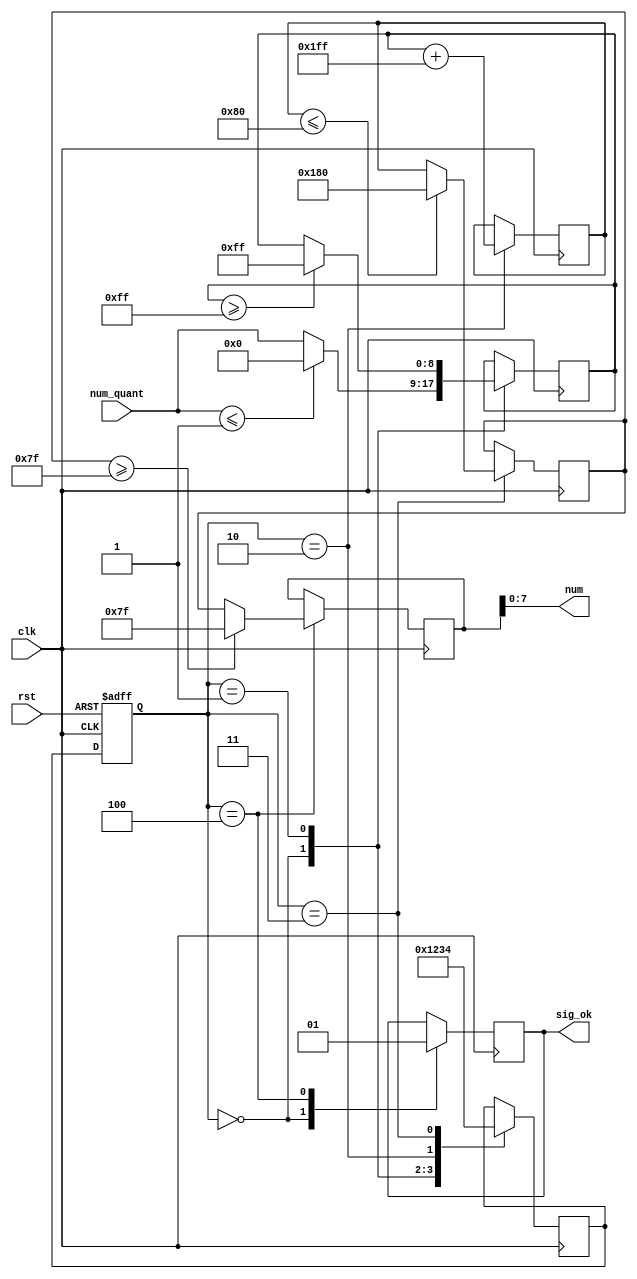
`timescale 1ns / 1ps
//////////////////////////////////////////////////////////////////////////////////
// Company: 
// Engineer: 
// 
// Design Name: 
// Module Name: ReLu
// Project Name: 
// Target Devices: 
// Tool Versions: 
// Description: 
// 
// Dependencies: 
// 
// Revision:
// Revision 0.01 - File Created
// Additional Comments:
// 
//////////////////////////////////////////////////////////////////////////////////


module ReLu
#(
//Convolution
parameter addressWidthConv=10, dataWidthConv=16,

parameter n_c = 5'd28,  //number of column matrix image 
parameter n_r = 5'd28,  //number of rows matrix image 
parameter col_fil = 5'd3, //number of columns of filter
parameter row_fil = 5'd3, //number of rows of filter
                       
parameter s0 = 4'b0000, s1 = 4'b0001, s2 = 4'b0010, s3 = 4'b0011, s4 = 4'b0100,
parameter s5 = 4'b0101, s6 = 4'b0110, s7 = 4'b0111, s8 = 4'b1000, s9 = 4'b1001,
parameter s10 = 4'b1010, s11 = 4'b1011, s12 = 4'b1100, s13 = 4'b1101, s14 = 4'b1110,
           

parameter pwd = "/home/javier/Documents/fpga_implementations_of_neural_networks/CNN/02_hardware/01_test_vivado/04_convolution/04_convolution.srcs/sources_1/new/rstl_conv2.txt",


//counter for memory of result of convolution
parameter counterWidth= 10,


//memory filter
parameter numWeightFilter = 10, addressWidthFilter=4, dataWidthFilter=16,
parameter weightFileFilter="/home/javier/Documents/fpga_implementations_of_neural_networks/CNN/02_hardware/01_test_vivado/project_7/project_7.srcs/sources_1/new/filter1.txt",
   
//memory image
parameter numWeightImg = 784, 
parameter addressWidthImg=10, dataWidthImg= 16,
parameter weightFileImg="/home/javier/Documents/fpga_implementations_of_neural_networks/CNN/02_hardware/01_test_vivado/project_7/project_7.srcs/sources_1/new/image.mem",
      
//quantization
parameter q = 64'd2014687024, //q = 31'b1111000000101011010111100110000
parameter mask = 8'd255,
parameter zero = 1'd0,
parameter one = 1'd1,
parameter offset_ent = 6,
parameter offset_sor = -1,
	
	
//memory_rstl_conv
parameter numWeightRstlConv = 676,
parameter addressWidthRstlConv=10, 
parameter dataWidthRstlConv=8

)
(
    input clk, rst, 
    input [8:0] num_quant, 
    output [7:0] num, 
    output sig_ok
);

    reg [8:0] aux_num;
    reg [8:0] aux_num2;
    reg [8:0] aux_num3;
    reg [8:0] aux_num4;
    reg       aux_ok;
    reg [3:0] present_state, next_state;   

    always @(posedge clk or posedge rst) //Present estate // always @(clk) //Present estate 
    begin
        if(rst)
        begin
            present_state <= s0;
    
        end
        else
        begin
            present_state <= next_state;
        end    
    end    

    always @(posedge clk) //always @(*)
    begin
        case(present_state)
            s0:
                next_state <= s1;                
            s1:
                next_state <= s2;
            s2:
                next_state <= s3;
            s3:
                next_state <= s4;                                
                                
        endcase                
    end


    always @ (posedge clk) begin //always @ (*) begin
      case (present_state)
        s0: begin
                if($signed(num_quant) <= $signed(-8'd1))
                    aux_num <= 0;
                else    
                    aux_num <= num_quant;
                aux_ok <= 0;    
            end          
        s1: begin
                if(aux_num >= 8'd255)
                   aux_num <= 8'd255; //+ offset_sor;
            end
        s2: begin
                aux_num2 <= $signed(aux_num + offset_sor);
            end 
        s3: begin
                if($signed(aux_num2) <= $signed(-8'd128))
                    aux_num3 <= -8'd128;
                else
                    aux_num3 <=  aux_num2;    
            end           
        s4: begin
                if($signed(aux_num3) >= $signed(8'd127))
                    aux_num4 <= 8'd127;
                else
                    aux_num4 <= aux_num3;     
                aux_ok <= 1;    
            end             
      endcase 
    end 

    assign num = aux_num4;
    assign sig_ok = aux_ok;  


endmodule